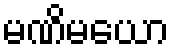
မဏိမယော